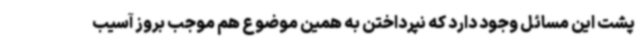
پشت این مسائل وجود دارد که نپرداختن به همین موضوع هم موجب بروز آسیب